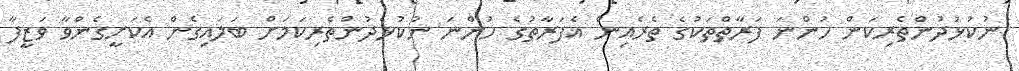
ނުކުޅުދުންތެރިކަން ހުންނަ ފަރާތްތަކުގެ ތެރެއިން އެފަރާތުގެ ހުންނަ ނުކުޅެދުންތެރިކަމަށް ބަލައިގެން އެކަށީގެންވާ ވަޒީފާ